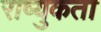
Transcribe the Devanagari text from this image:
राष्युकता